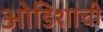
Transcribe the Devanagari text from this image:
ओडिशाची